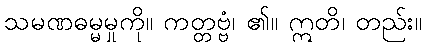
သမဏဓမ္မမှုကို။ ကတ္တဗ္ဗံ၊ ၏။ ဣတိ၊ တည်း။